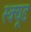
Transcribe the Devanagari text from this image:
स्क्यूड